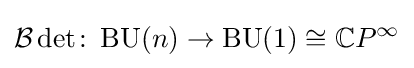
{\mathcal {B}}\det \colon \operatorname {BU} (n)\rightarrow \operatorname {BU} (1)\cong \mathbb {C} P^{\infty }